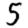
Digit: 5